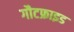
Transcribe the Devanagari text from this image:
गौटफ्राइड